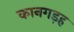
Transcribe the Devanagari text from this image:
कानगड़ह